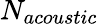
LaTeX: N_{acoustic}